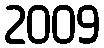
2009